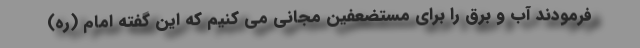
فرمودند آب و برق را برای مستضعفین مجانی می کنیم که این گفته امام (ره)